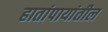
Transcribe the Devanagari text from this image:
हातांपायांतील